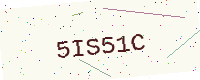
Text: 5IS51C